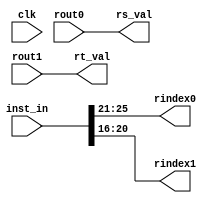
module pipeline_regfetch(
    clk,

    // Instruction.
    inst_in,

    // Output values.
    rs_val,
    rt_val,

    // Regfile ports.
    rindex0, rout0,
    rindex1, rout1
);

input wire clk;
input wire [31:0] inst_in;
input wire [31:0] rout0, rout1;

output wire [31:0] rs_val, rt_val;
output wire [4:0] rindex0, rindex1;

assign rindex0 = inst_in[25:21]; // rs
assign rindex1 = inst_in[20:16]; // rt
assign rs_val = rout0;
assign rt_val = rout1;

endmodule